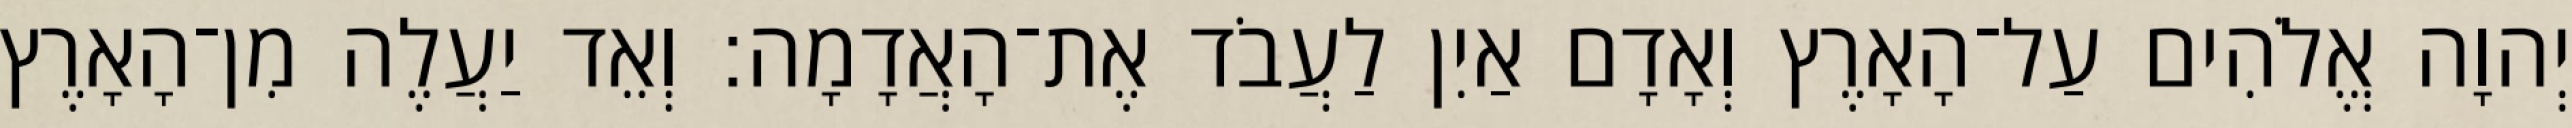
יְהוָה אֱלֹהִים עַל־הָאָרֶץ וְאָדָם אַיִן לַעֲבֹד אֶת־הָאֲדָמָה׃ וְאֵד יַעֲלֶה מִן־הָאָרֶץ